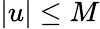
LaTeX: |u|\leq M